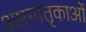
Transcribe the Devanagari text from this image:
अष्टमातृकाओं